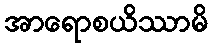
အာရောစယိဿာမိ